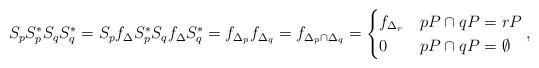
LaTeX: \begin{align*}S_pS_p^*S_qS_q^*= S_pf_{\Delta}S_p^*S_qf_{\Delta}S_q^* = f_{\Delta_p}f_{\Delta_q} = f_{\Delta_p\cap\Delta_q} = \begin{cases}f_{\Delta_r} & pP\cap qP = rP\\0 & pP\cap qP = \emptyset\end{cases},\end{align*}